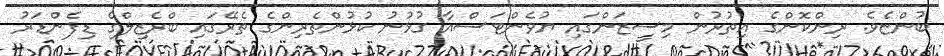
ބުންޏެވެ. ރިންކޮންގެ އިތުރުން މިސީޒަންގައި ޔުވެންޓަސްއާ ގުޅުނު ކުޅުންތެރިންގެ ތެރޭގައި ބްރެޒިލްގެ ޑިފެންޑަރު